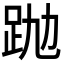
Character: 𧿢